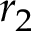
r _ { 2 }